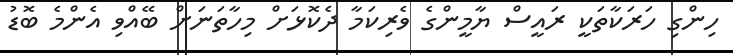
ހިންގި ހަރަކާތަކީ ރައީސް ޔާމީންގެ ވެރިކަމާ ދެކޮޅަށް މިހާތަނަށް ބޭއްވި އެންމެ ބޮޑު